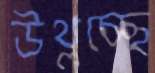
উথ্‌লচ্ছে